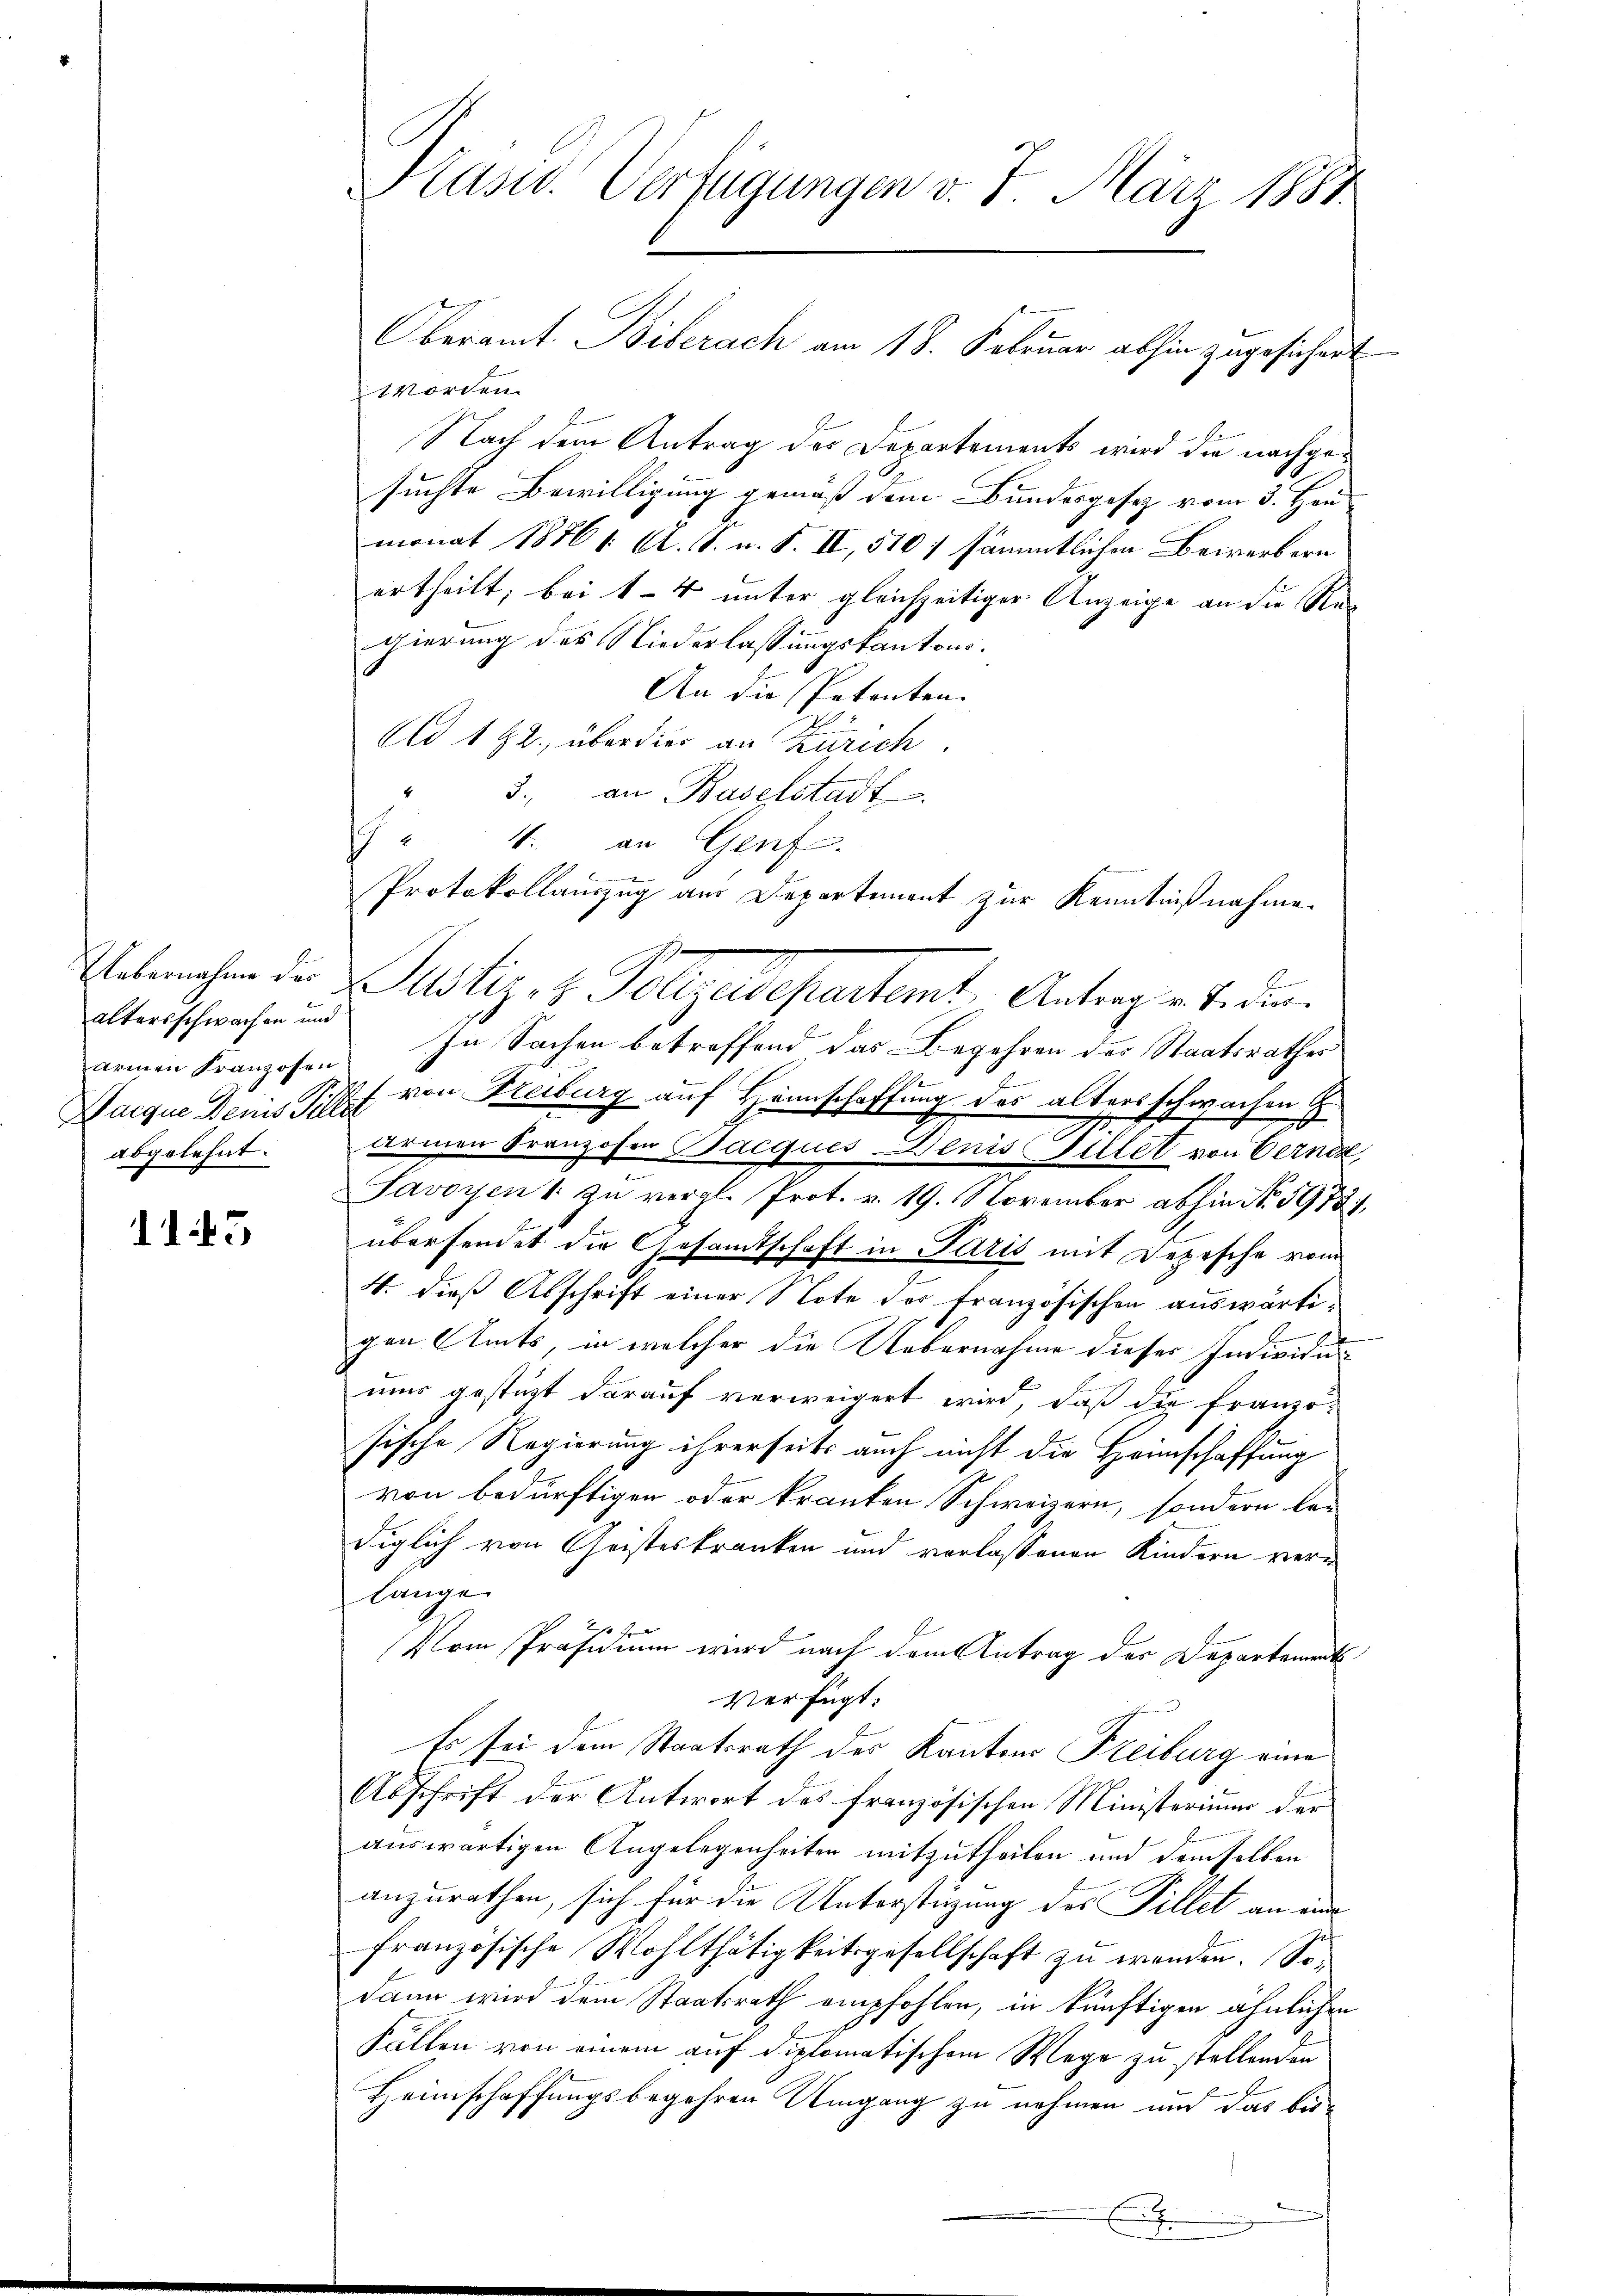
altersschwachen und
abgelehnt.

115

Kasid. Verfügungen v. 7. März 1881

Worden.
Nach dem Antrag des Departements wird die nachgesuchte Bewilligung gemäß dem Bundesgesetz vom 3. Hau
monat 1856 1. A. S. u. S. II, 510 7 sämmtlichen Beirerbern
ertheilt; bei 14 unter gleichzeitiger Anzeige an die Regierung des Niederlassungskantons.
An die Petenten.
Ad 192. über dies an Zürich.
3. an Baselstadt
Protokollauszug aus Departement zur Kenntnißnahme
armen Franzosen. In Sachen betreffend das Begehren der Staatsrathes
Sacque den Schef von Freiburg auf Heimschaffung des alters schwachen
armen Franzosen Jacques Denis illet von Verner,
Savoyen 1 zu vergl. Prot. v. 19. November abhin No. 59731,
übersendet die Gesamtschaft in Paris mit Depesche vom
4. dieß Abschrift einer Note des französischen auswärti¬
2
gen Amts, in welcher die Uebernahme dieser Individu
mus gestüzt darauf verweigert wird, daß die französische Regierung ihrerseits auch nicht die Heimschaffung
von bedürftigen oder kranken Schweizern, sondern lan
diglich von Geisteskranken und verlassenen Kindern verlange
Vom Präsidium wird nach dem Antrag der Departements
Verfügt:
Es sei dem Staatsrath des Kantons Freiburg eine
Abschrift der Antwort des französischen Ministerium der
auswärtigen Angelegenheiten mitzutheilen und demselben
anzurathen, sich für die Unterstüzung des Fillet an ein
französische Wohlthätigkeitsgesellschaft zu wenden. Sodann wird dem Staatsrath empfohlen, in künftigen ähnlichen
Fällen von einem auf diplomatischem Wege zu stellenden
Heimschaffungsbegehren Umgang zu nehmen und das bisx

" 4. an Genf.

Velmehren der Justiz es. Pelzedepartemt, Antrage beden.

Oberamt Biberach am 18. Februar abhin zugesichert